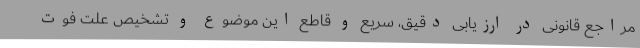
مراجع قانونی در ارزیابی دقیق، سریع و قاطع این موضوع و تشخیص علت فوت